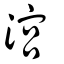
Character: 㴦